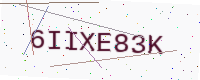
Text: 6IIXE83K